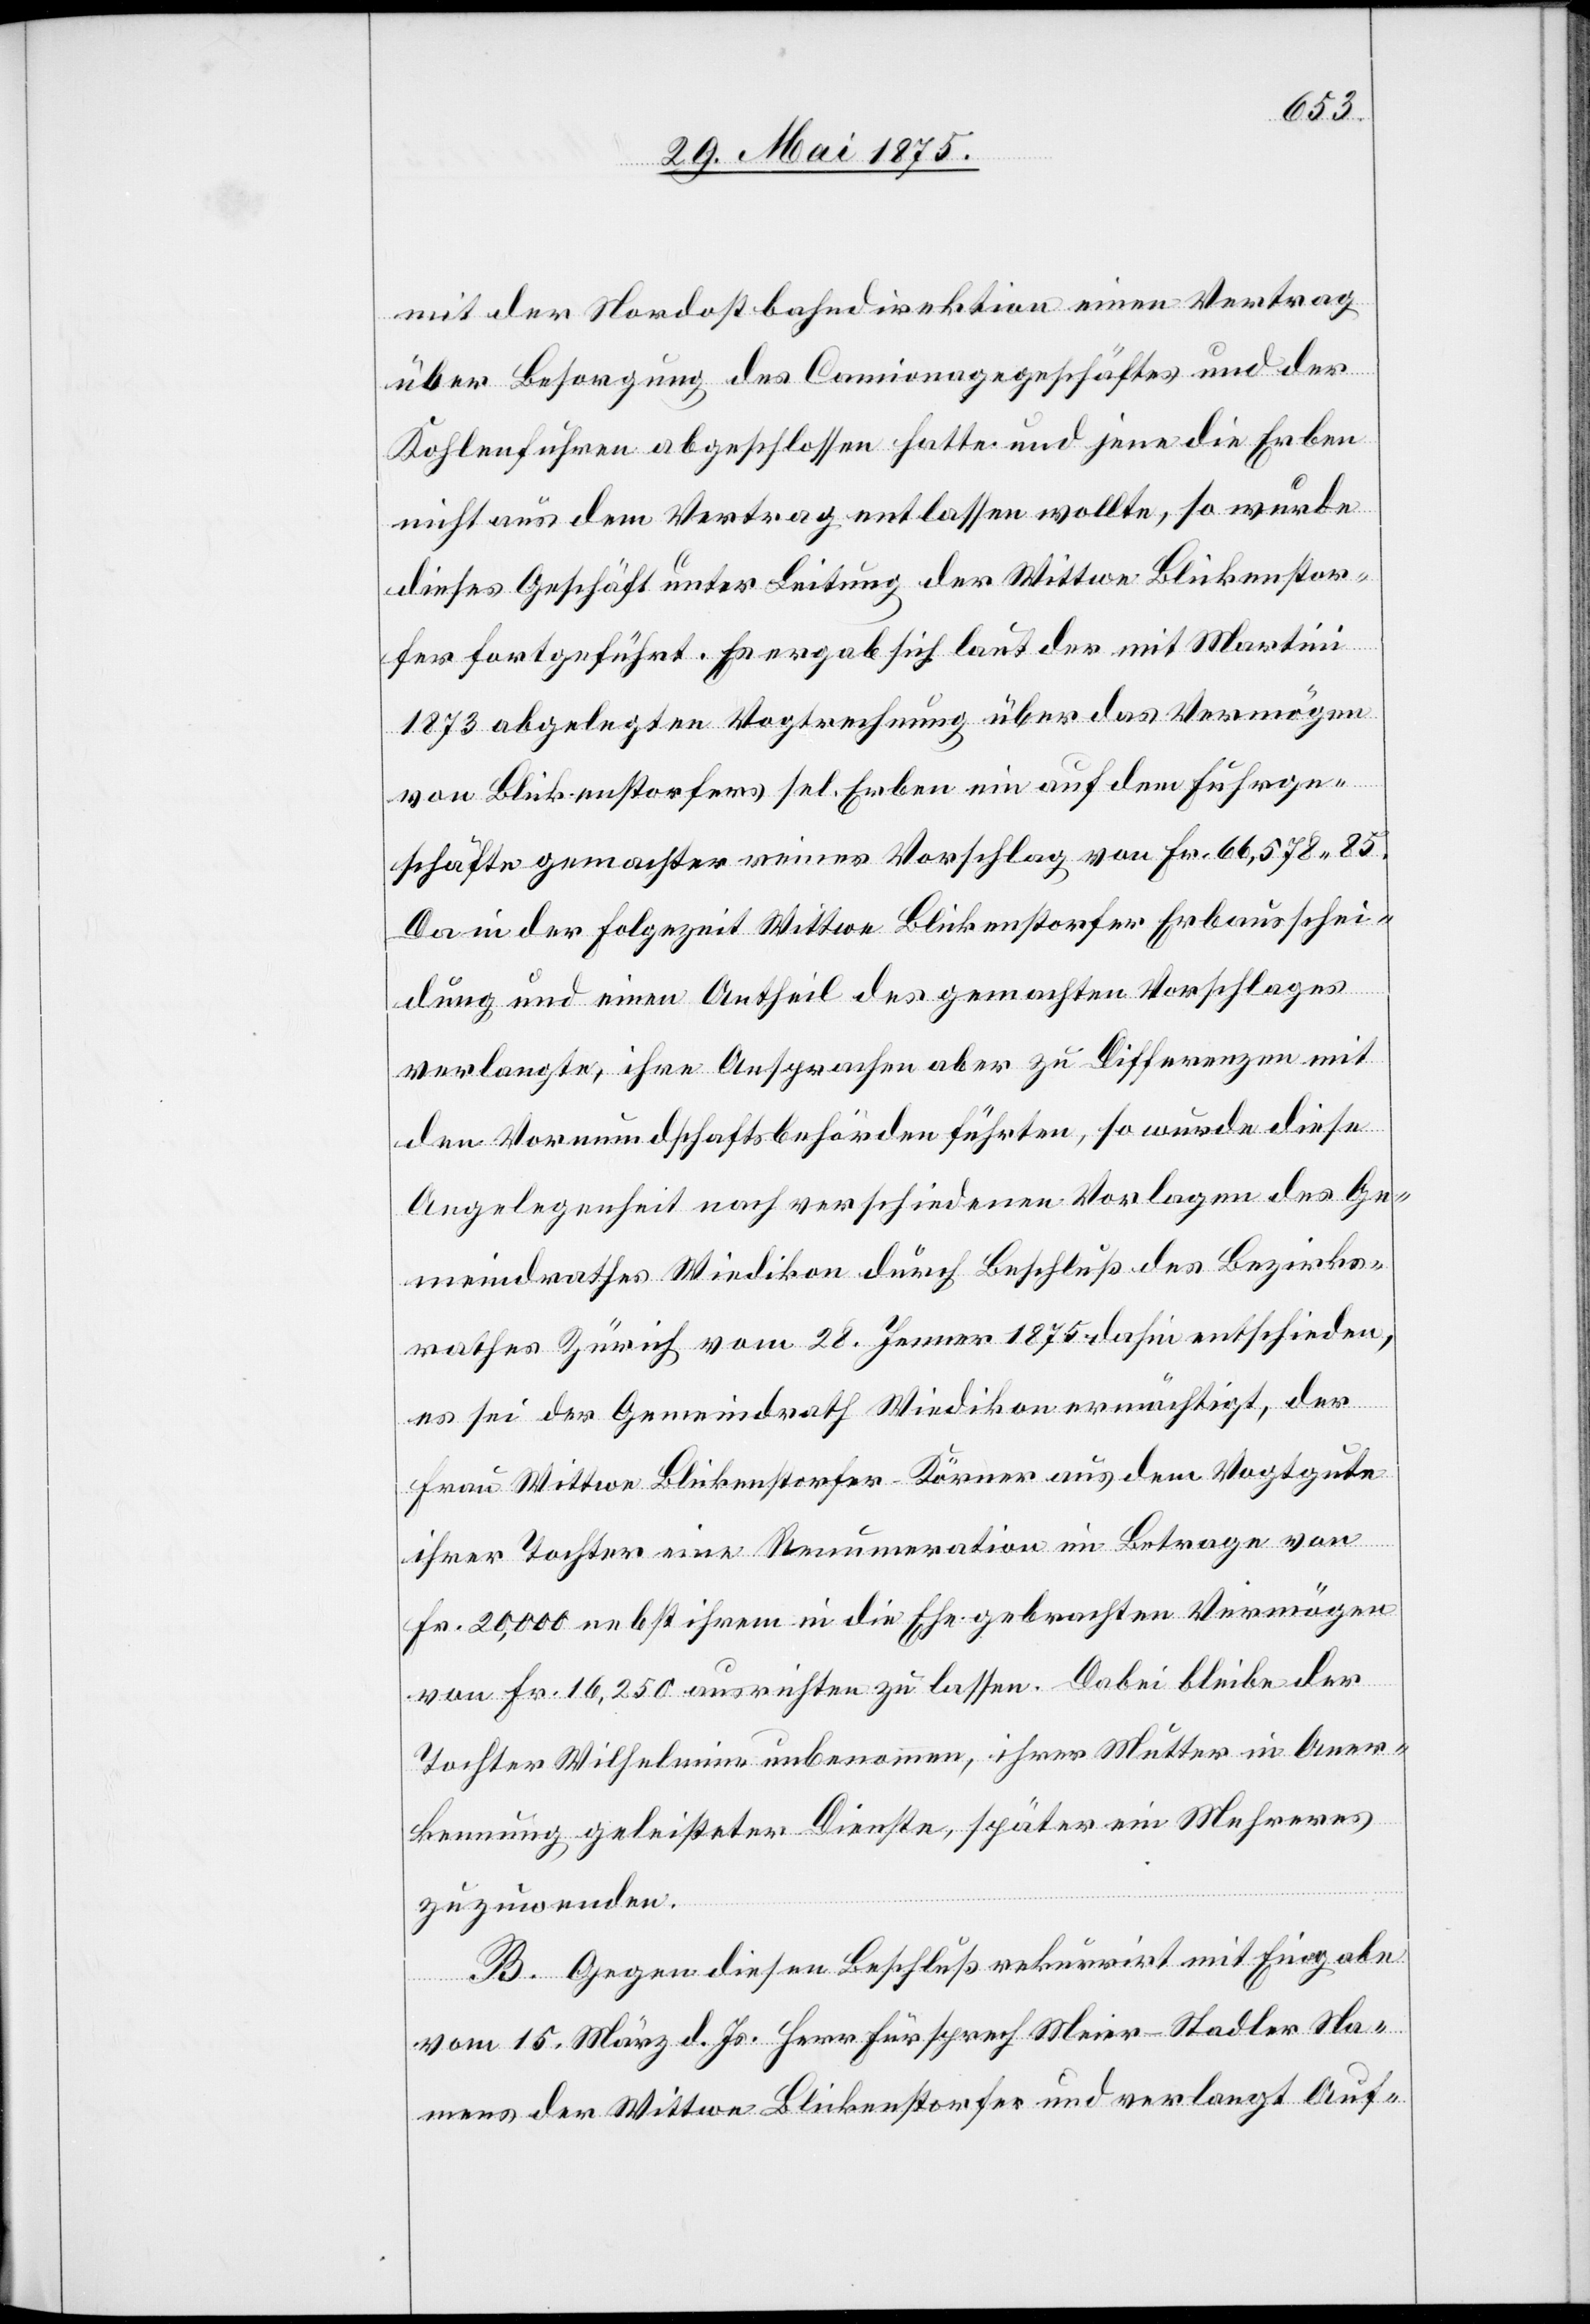
mit der Nordostbahndirektion einen Vertrag
über Besorgung des Camionagegeschäftes und der
Kohlenfuhren abgeschlossen hatte und jene die Erben
nicht aus dem Vertrag entlassen wollte, so wurde
dieses Geschäft unter Leitung der Wittwe Blickenstor¬
fer fortgeführt. Es ergab sich laut der mit Martini
1873 abgelegten Vogtrechnung über das Vermögen
von Blickenstorfer sel. Erben ein auch ein auf dem Fuhrge¬
schäfte gemachter reiner Vorschlag von Fr. 66,578 85.
Da in der Folgezeit Wittwe Blickenstorfer Erbausschei¬
dung und einen Antheil des gemachten Vorschlages
verlangte, ihre Ansprachen aber zu Differenzen mit
den Vormundschaftsbehörden führten, so wurde diese
Angelegenheit nach verschiedenen Vorlagen des Ge¬
meindrathes Wiedikon durch Beschluß des Bezirks¬
rathes Zürich vom 28. Jenner 1875 dahin entschieden,
es sei der Gemeindrath Wiedikon ermächtigt, der
Frau Wittwe Blickenstorfer-Körner aus dem Vogtgute
ihrer Tochter eine Renumeration im Betrage von
Fr. 20,000 nebst ihren in die Ehe gebrachten Vermögen
von Fr. 16,250 ausrichten zu lassen. Dabei bleibe der
Tochter Wilhelmine unbenommen, ihrer Mutter in Aner¬
kennung geleisteter Dienste, später ein Mehreres
zuzuwenden.
B. Gegen diesen Beschluß rekurrirt mit Eingabe
vom 15. März d. Js. Herr Fürsprech Meier-Stadler Na¬
mens der Wittwe Blickenstorfer und verlangt Auf-